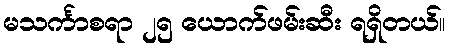
မသင်္ကာစရာ ၂၅ ယောက်ဖမ်းဆီး ရရှိတယ်။